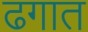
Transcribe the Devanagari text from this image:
ढगात